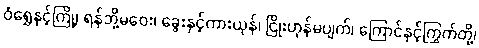
ဝံရွှေနှင့်ကြို့၊ ရန်ဘို့မဝေး၊ ခွေးနှင့်ကားယုန်၊ ငြိုးဟုန်မပျက်၊ ကြောင်နှင့်ကြွက်တို့၊